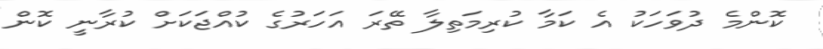
ކޮންމެ ދުވަހަކު އެ ކަމާ ކުރިމަތިލާ ތޭރަ އަހަރުގެ ކުއްޖަކަށް ކުރާނީ ކޮން